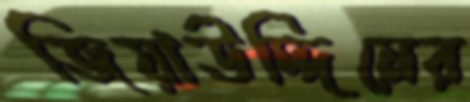
জিয়াউদ্দিনের